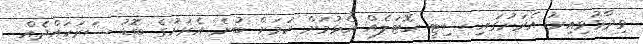
ވިދާޅުވިއިރު އެރަށުގައި ސިޓީ ހޮޓަލެއް އެޅުމަށް ކަމަށް ބުނެ އެރަށުގެ ބޮޑު ސަރަހައްދެއް